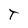
Character: T